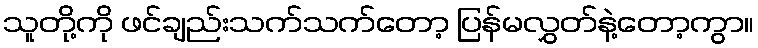
သူတို့ကို ဖင်ချည်းသက်သက်တော့ ပြန်မလွှတ်နဲ့တော့ကွာ။